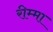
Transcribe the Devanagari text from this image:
रीम्मा